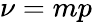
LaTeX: \nu=mp